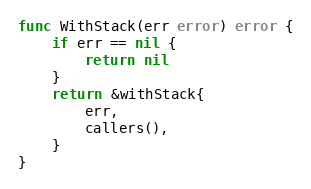
Language: Go
func WithStack(err error) error {
	if err == nil {
		return nil
	}
	return &withStack{
		err,
		callers(),
	}
}